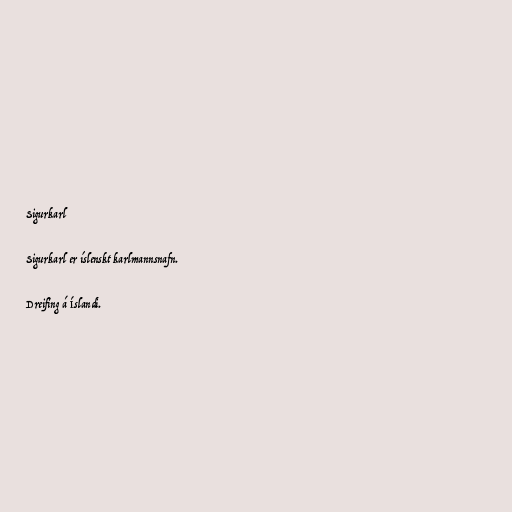
Sigurkarl

Sigurkarl er íslenskt karlmannsnafn.

Dreifing á Íslandi.